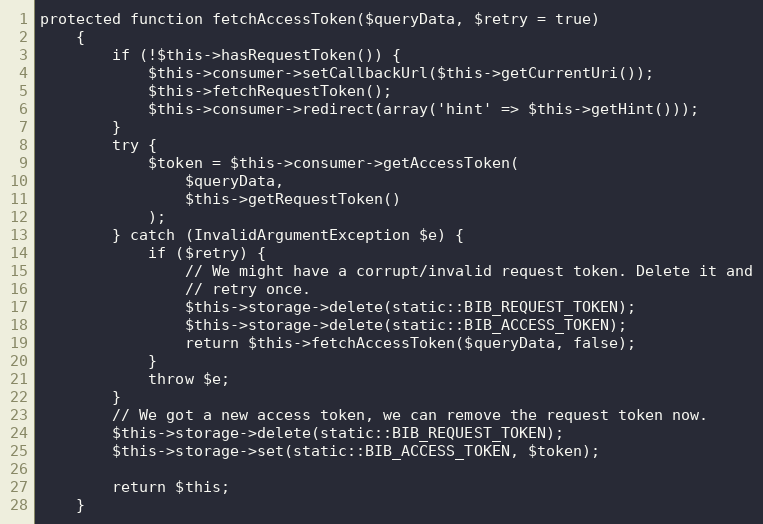
Language: PHP
protected function fetchAccessToken($queryData, $retry = true)
    {
        if (!$this->hasRequestToken()) {
            $this->consumer->setCallbackUrl($this->getCurrentUri());
            $this->fetchRequestToken();
            $this->consumer->redirect(array('hint' => $this->getHint()));
        }
        try {
            $token = $this->consumer->getAccessToken(
                $queryData,
                $this->getRequestToken()
            );
        } catch (InvalidArgumentException $e) {
            if ($retry) {
                // We might have a corrupt/invalid request token. Delete it and
                // retry once.
                $this->storage->delete(static::BIB_REQUEST_TOKEN);
                $this->storage->delete(static::BIB_ACCESS_TOKEN);
                return $this->fetchAccessToken($queryData, false);
            }
            throw $e;
        }
        // We got a new access token, we can remove the request token now.
        $this->storage->delete(static::BIB_REQUEST_TOKEN);
        $this->storage->set(static::BIB_ACCESS_TOKEN, $token);

        return $this;
    }